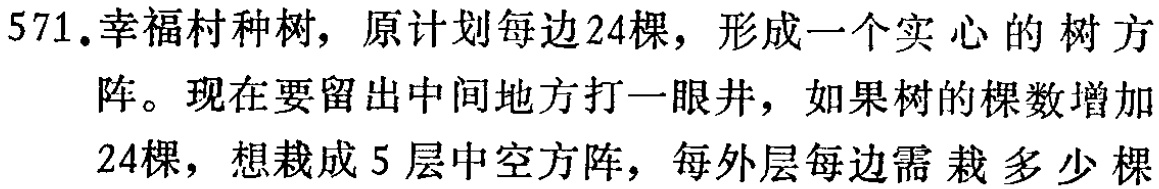
571.幸福村种树，原计划每边24棵，形成一个实心的树方阵。现在要留出中间地方打一眼井，如果树的棵数增加24棵，想栽成5层中空方阵，每外层每边需栽多少棵